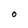
Character: O